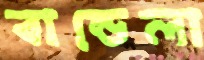
বান্ডেলা